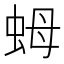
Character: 𧉯